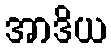
အာဒိယ